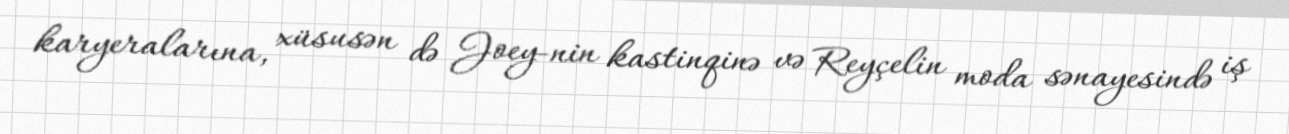
karyeralarına, xüsusən də Joey-nin kastinqinə və Reyçelin moda sənayesində iş